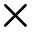
\times